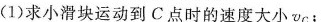
(1)求小滑块运动到C点时的速度大小v_{C}；